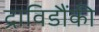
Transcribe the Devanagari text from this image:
द्राविडौंकी